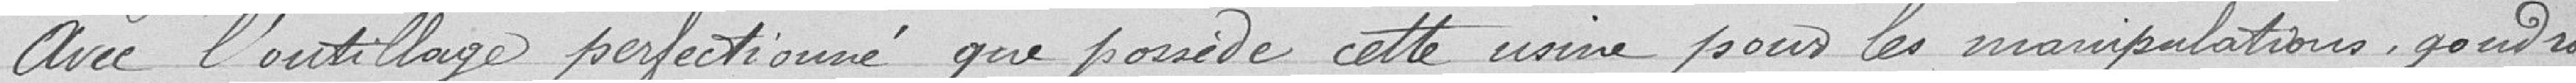
Avec l'outillage perfectionné que possède cette usine pour les manipulations, goudro